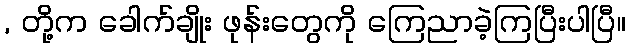
, တို့က ခေါက်ချိုး ဖုန်းတွေကို ကြေညာခဲ့ကြပြီးပါပြီ။